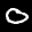
Label: 0